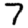
Digit: 7